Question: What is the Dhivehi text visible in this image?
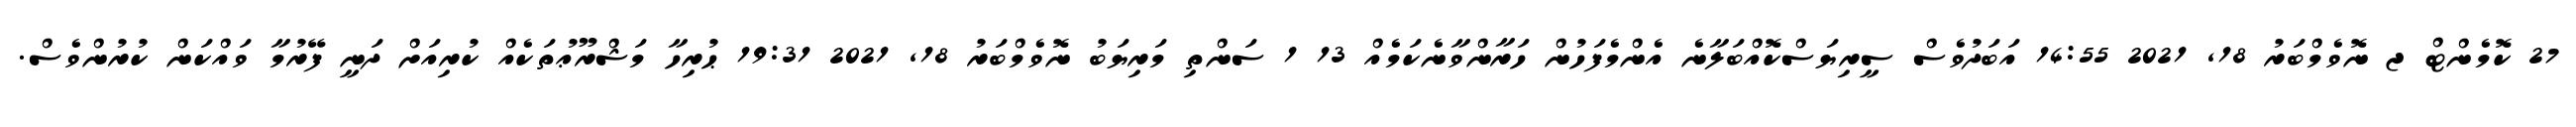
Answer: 27 ކޮމެންޓް ޖ ނޮވެމްބަރު 18, 2021 14:55 އަބަދުވެސް ސީރިޔަސްކޮއްބަލާނެ އެންމެފަހުން ހަރާންވާނެކަމެއް 13 1 ސަންތި މަރިޔަބު ނޮވެމްބަރު 18, 2021 19:31 ޙުރިހާ މަޝްރޫޢުތަކެއް ކުރިއަށް ދަނީ ފޭރުމާ ވައްކަން ކުރުންވެސް.